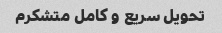
تحویل سریع و کامل متشکرم